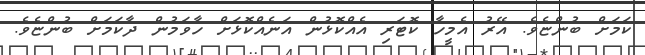
ކަމަށް ބުންޏެވެ. އޭރު އެމީހާ ކޮޓަރި އެއްކޮޅުން އަނެއްކޮޅަށް ހާވަމުން ދާކަމަށް ބުންޏެވެ.